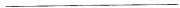
___